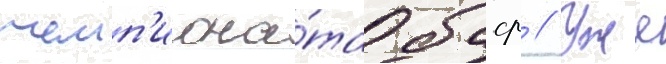
чемп'иона́та бсср // Уже